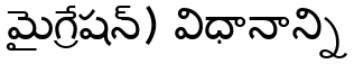
మైగ్రేషన్) విధానాన్ని